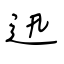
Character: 迅